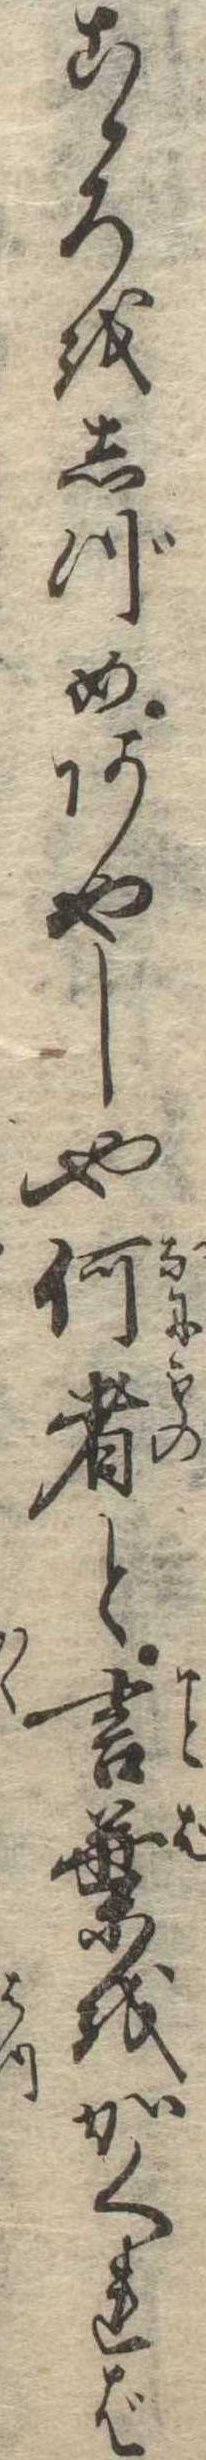
こゝろをしづめあやしや何者と言葉をかくれば